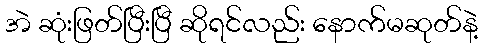
အဲ ဆုံးဖြတ်ပြီးပြီ ဆိုရင်လည်း နောက်မဆုတ်နဲ့